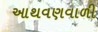
આથવણવાળી